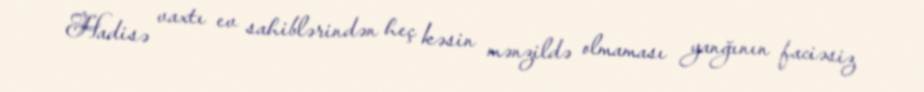
Hadisə vaxtı ev sahiblərindən heç kəsin mənzildə olmaması yanğının faciəsiz